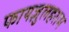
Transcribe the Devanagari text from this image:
फायज़ुलहराम